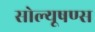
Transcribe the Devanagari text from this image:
सोल्यूषण्स